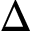
\Delta